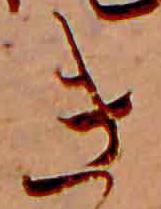
き